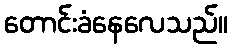
တောင်းခံနေလေသည်။